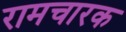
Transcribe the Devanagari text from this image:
रामचारक